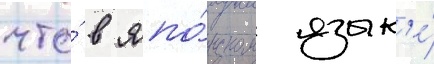
что́ в япо́нском язык'е́